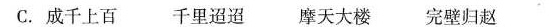
C.成千上百 千里迢迢摩天大楼完璧归赵